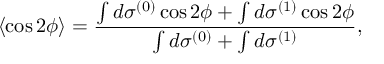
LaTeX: \langle \cos 2 \phi \rangle = \frac { \int d \sigma ^ { ( 0 ) } \cos 2 \phi + \int d \sigma ^ { ( 1 ) } \cos 2 \phi } { \int d \sigma ^ { ( 0 ) } + \int d \sigma ^ { ( 1 ) } } ,